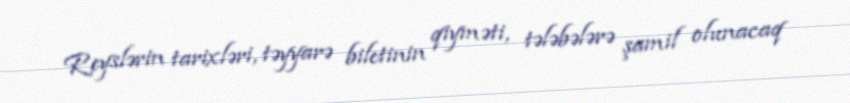
Reyslərin tarixləri, təyyarə biletinin qiyməti, tələbələrə şamil olunacaq